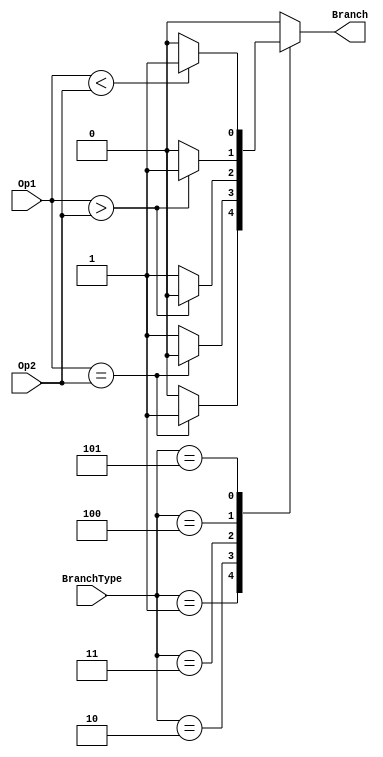
module BranchControl(BranchType,Op1,Op2,Branch);
	input [2:0] BranchType;
	input [31:0] Op1;
	input [31:0] Op2;
	output reg Branch;

    always@(*)
	begin
		case(BranchType)
        //beq
		3'b001:Branch=(Op1==Op2)?1'b1:1'b0;
        //bne
        3'b010:Branch=(Op1==Op2)?1'b0:1'b1;
        //blez
        3'b011:Branch=(Op1>Op2)?1'b0:1'b1;
        //bgtz
        3'b100:Branch=(Op1>Op2)?1'b1:1'b0;
        //bltz
        3'b101:Branch=(Op1<Op2)?1'b1:1'b0;
        default:Branch=1'b0;
		endcase
	end
    

endmodule